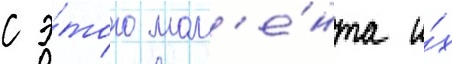
с э́того мом'е́нта и́х